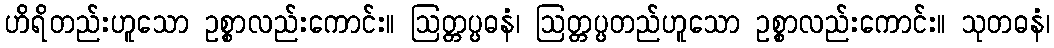
ဟိရိတည်းဟူသော ဥစ္စာလည်းကောင်း။ ဩတ္တပ္ပဓနံ၊ ဩတ္တပ္ပတည်ဟူသော ဥစ္စာလည်းကောင်း။ သုတဓနံ၊